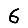
Digit: 6